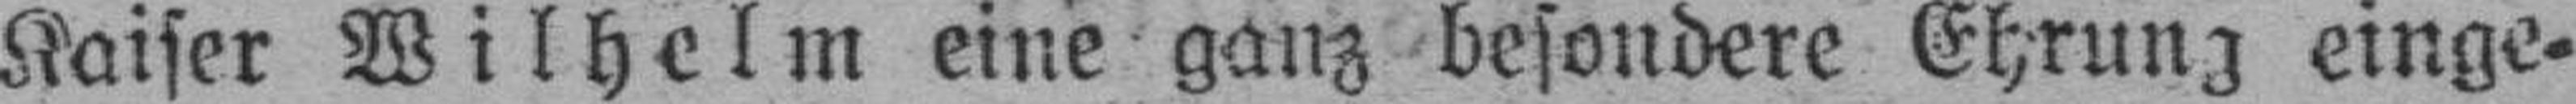
Kaiser Wilhelm eine ganz besondere Ehrung einge¬